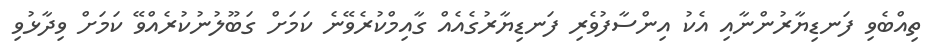
ތިއްބެވި ފަނޑިޔާރުންނާއި އެކު އިންސާފުވެރި ފަނޑިޔާރުގެއެއް ގާއިމްކުރެވޭނެ ކަމަށް ގަބޫލުނުކުރެއްވޭ ކަމަށް ވިދާޅުވި